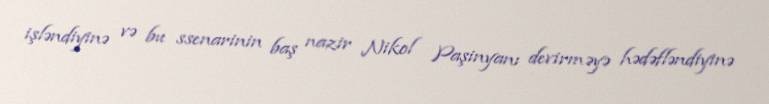
işləndiyinə və bu ssenarinin baş nazir Nikol Paşinyanı devirməyə hədəfləndiyinə